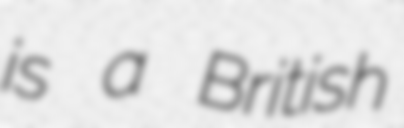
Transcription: is a British